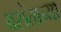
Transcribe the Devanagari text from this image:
वसंताच्या